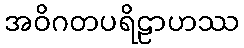
အဝိဂတပရိဠာဟဿ